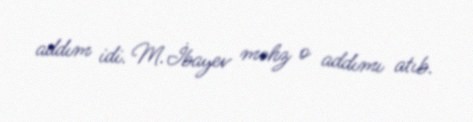
addım idi. M.İbayev məhz o addımı atıb.